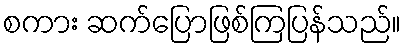
စကား ဆက်ပြောဖြစ်ကြပြန်သည်။